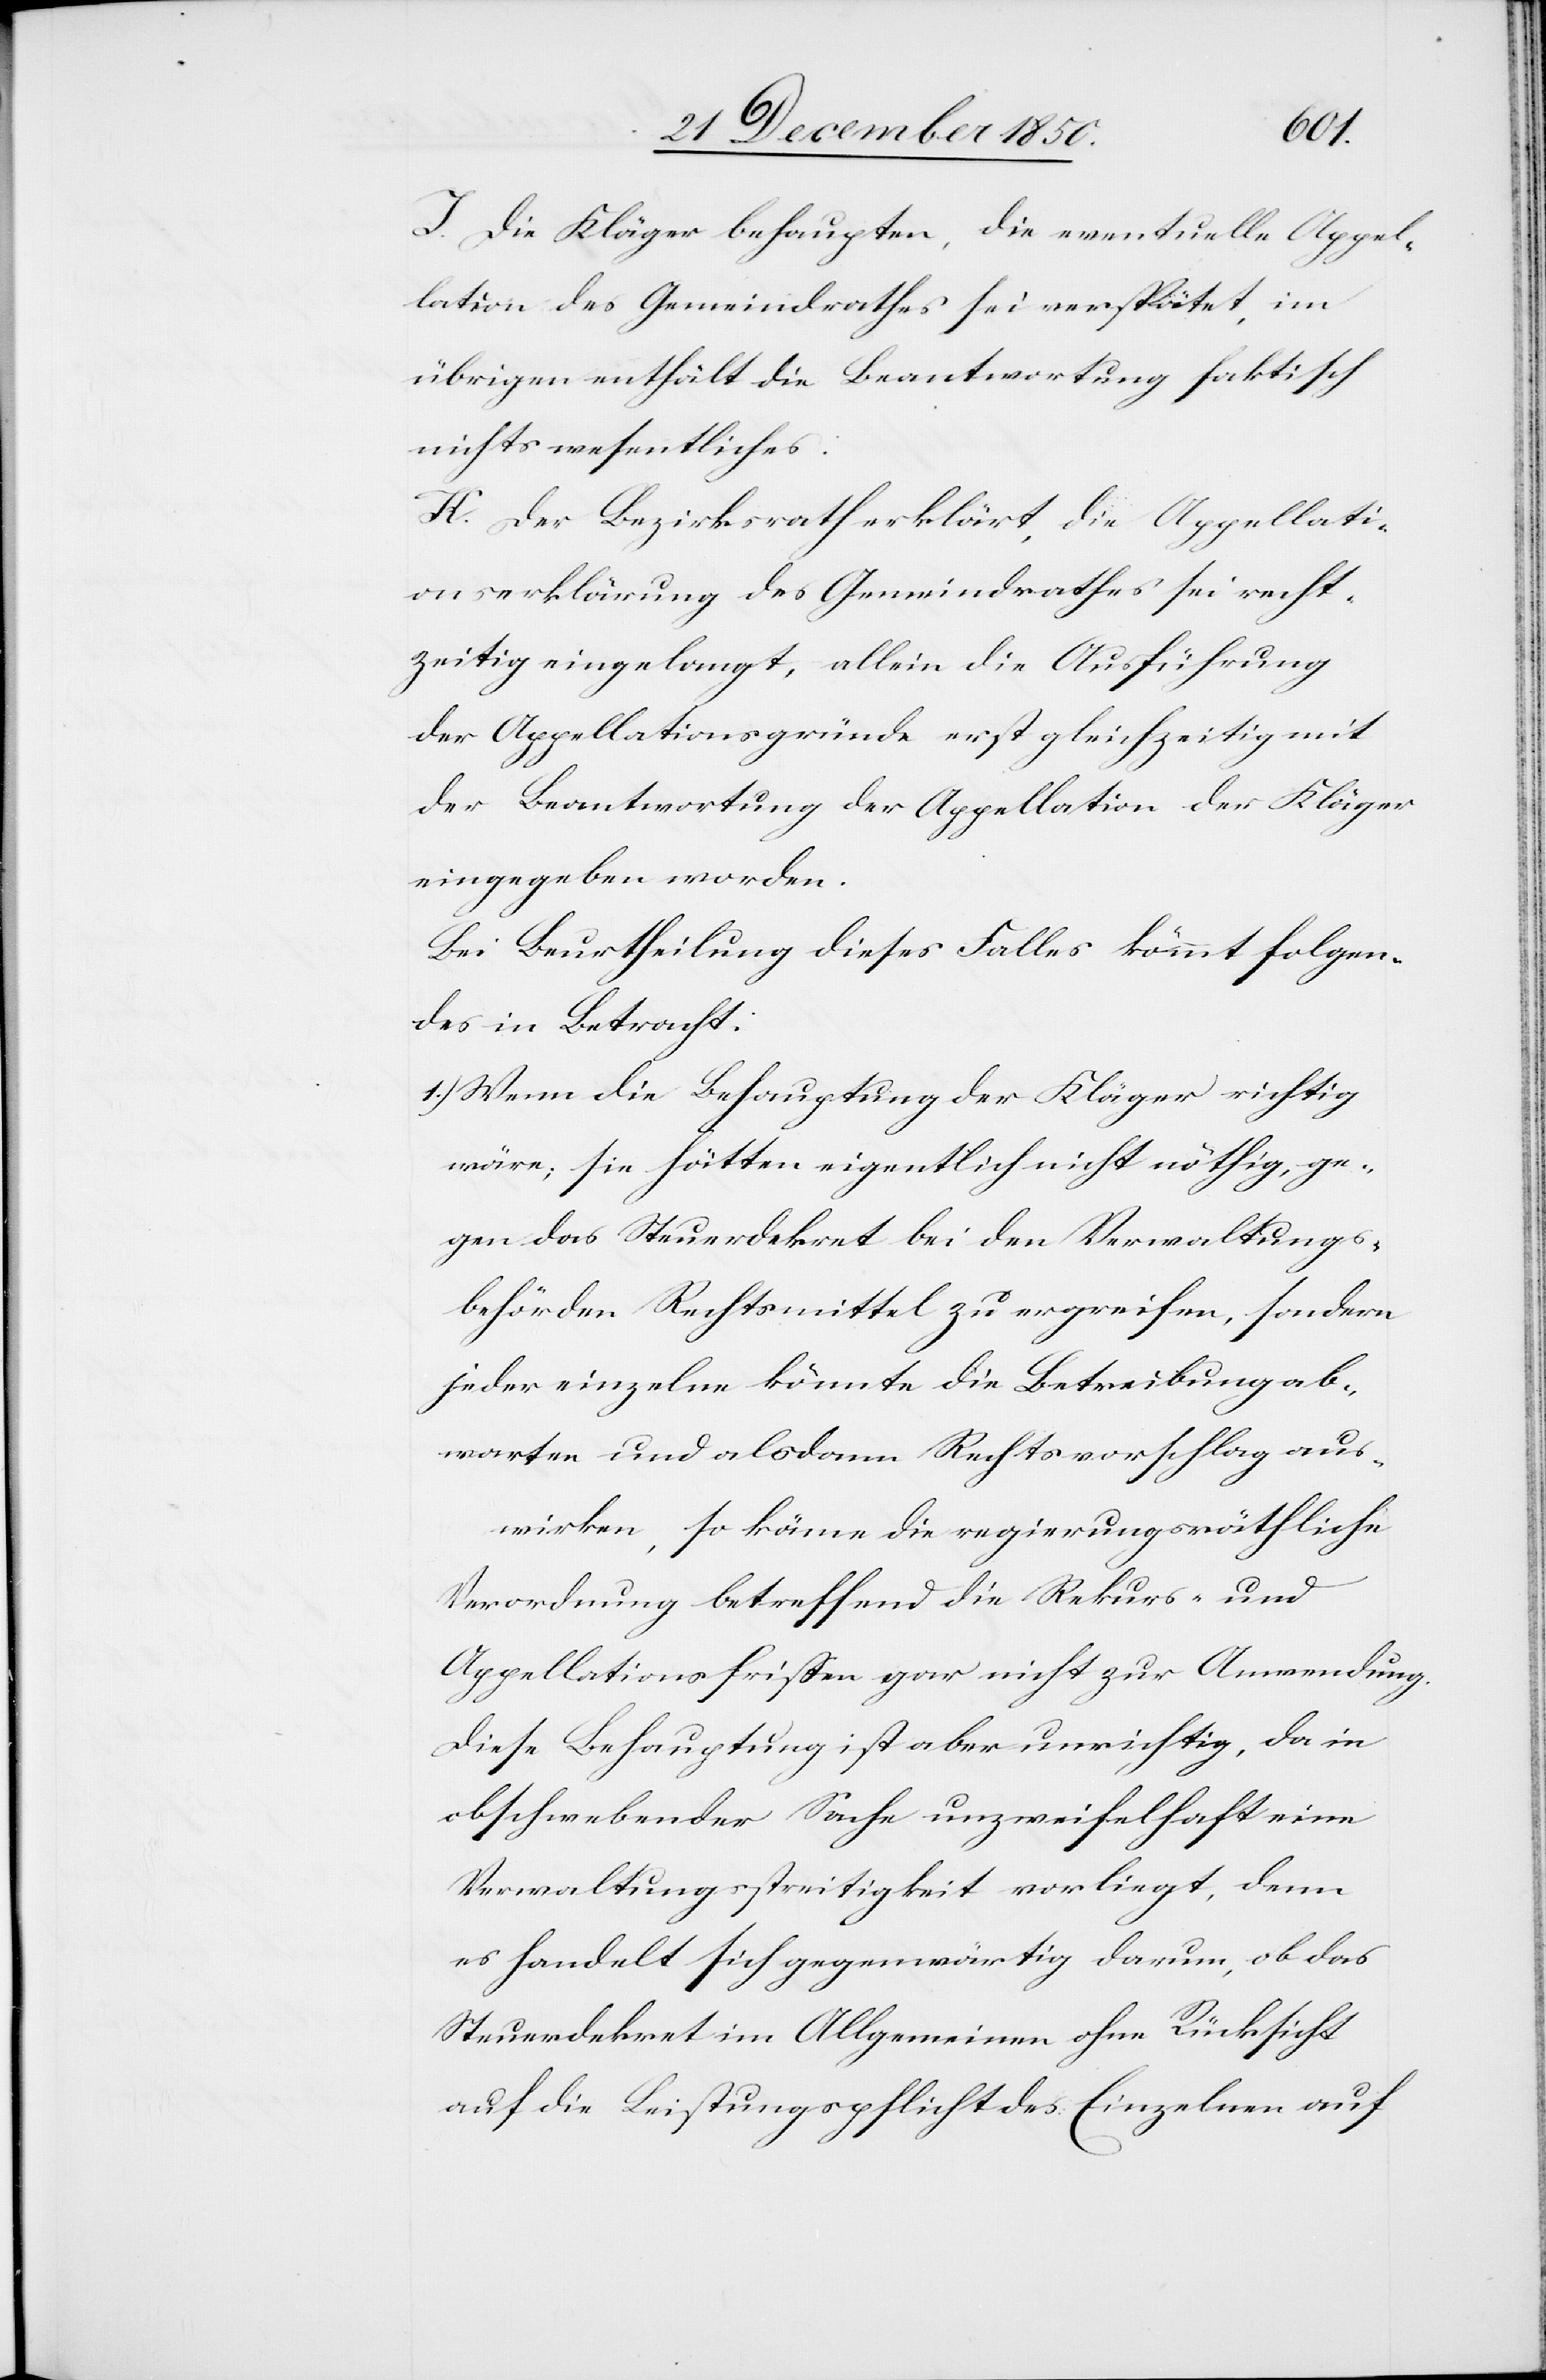
J. Die Kläger behaupten, die eventuelle Appel¬
lation des Gemeindrathes sei verspätet, im
übrigen enthält die Beantwortung faktisch
nichts wesentliches.
K. Der Bezirksrath erklärt, die Appellati¬
onserklärung des Gemeindrathes sei recht¬
zeitig eingelangt, allein die Ausführung
der Appellationsgründe erst gleichzeitig mit
der Beantwortung der Appellation der Kläger
eingegeben worden.
Bei Beurtheilung dieses Falles kömmt folgen¬
des in Betracht:
1.) Wenn die Behauptung der Kläger richtig
wäre; sie hätten eigentlich nicht nöthig, ge¬
gen das Steuerdekret bei den Verwaltungs¬
behörden Rechtsmittel zu ergreifen, sondern
jeder einzelne könnte die Betreibung ab¬
warten und alsdann Rechtsvorschlag aus¬
wirken, so käme die regierungsräthliche
Verordnung betreffend die Rekurs- und
Appellationsfristen gar nicht zur Anwendung.
Diese Behauptung ist aber unrichtig, da in
obschwebender Sache unzweifelhaft eine
Verwaltungsstreitigkeit vorliegt, denn
es handelt sich gegenwärtig darum, ob das
Steuerdekret im Allgemeinen ohne Rücksicht
auf die Leistungspflicht des Einzelnen auf